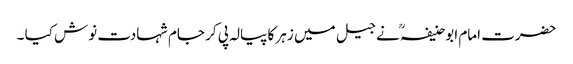
حضرت امام ابوحنیفہؒ نے جیل میں زہر کا پیالہ پی کر جام شہادت نوش کیا ۔